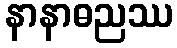
နာနာဓညဿ